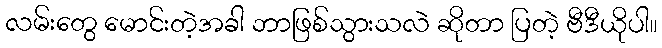
လမ်းတွေ မောင်းတဲ့အခါ ဘာဖြစ်သွားသလဲ ဆိုတာ ပြတဲ့ ဗီဒီယိုပါ။